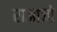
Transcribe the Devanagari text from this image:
राआजों